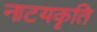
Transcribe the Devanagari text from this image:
नाटयकृति